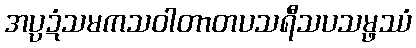
အပ္ပဍံသမကသဝါတာတပသရီသပသမ္ဖဿံ